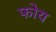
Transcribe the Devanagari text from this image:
फोय